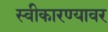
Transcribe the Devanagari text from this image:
स्वीकारण्यावर